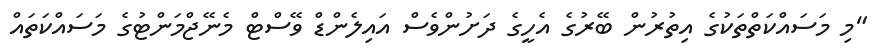
"މި މަސައްކަތްތަކުގެ އިތުރުން ބޭރުގެ އެހީގެ ދަށުންވެސް އައިލެންޑް ވޭސްޓް މެނޭޖްމަންޓުގެ މަސައްކަތައް